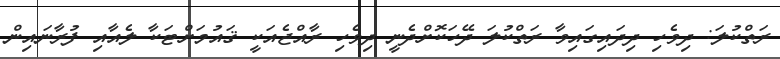
ރަތްކުލަ: ދިވެހި ދިދައިގައިވާ ރަތްކުލަ ދޭހަކޮށްދެނީ ދިވެހި ރާއްޖެއަކީ ޤައުމަށްޓަކާ ލެއާއި ފުރާނައިން